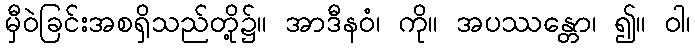
မှီဝဲခြင်းအစရှိသည်တို့၌။ အာဒီနဝံ၊ ကို။ အပဿန္တော၊ ၍။ ဝါ၊